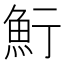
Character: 𩶷